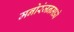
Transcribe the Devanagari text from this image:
मनोरंजनमध्ये